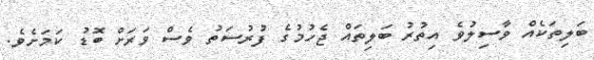
ބަލިތަކެއް ވާސިލުވެ އިތުރު ބަލިތައް ޖެހުމުގެ ފުރުސަތު ވެސް ވަރަށް ބޮޑު ކަމަށެވެ.